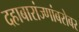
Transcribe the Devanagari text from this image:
दहाबारांज्णांबरोबर